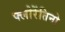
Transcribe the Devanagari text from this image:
फ्लोरेंतिनो